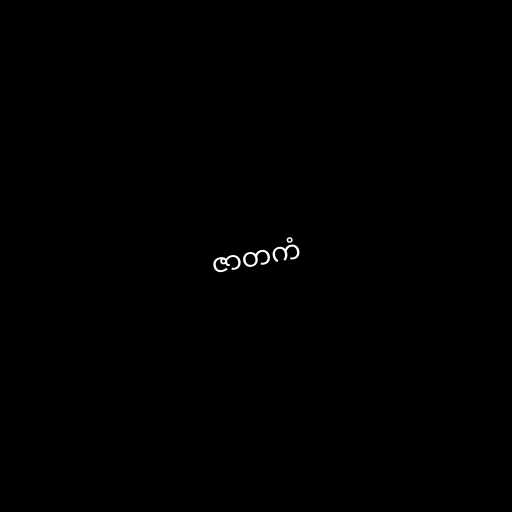
ဇာတကံ